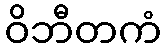
ဝိဘီတကံ